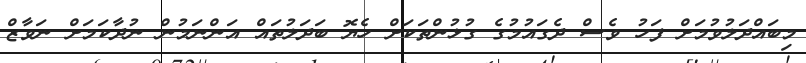
މިބައްދަލުވުމަށް ފަހު ވެސް ދެގައުމުގެ ގުޅުންތަކަށް ހެޔޮ ބަދަލުތައް އަންނަމުން ނުދާކަމަށް ނަވާޒް